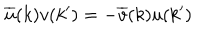
LaTeX: \overline { { { u } } } ( k ) v ( k ^ { \prime } ) = - \overline { { { v } } } ( k ) u ( k ^ { \prime } )